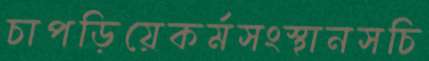
চাপড়িয়েকর্মসংস্থানসচি